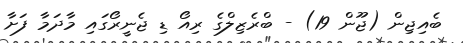
ބެއިޖިން (ޖޫން 19) - ބްރެޒިލްގެ ރިއޯ ޑި ޖެނީރޯގައި މާދަމާ ފަށާ